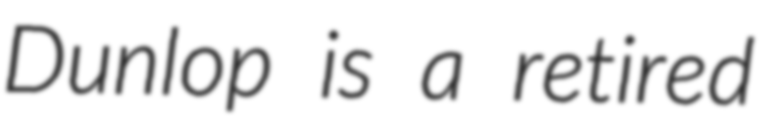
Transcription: Dunlop is a retired